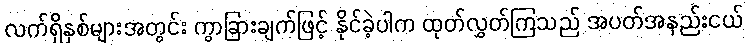
လက်ရှိနှစ်များအတွင်း ကွာခြားချက်ဖြင့် နိုင်ခဲ့ပါက ထုတ်လွှတ်ကြသည် အပတ်အနည်းငယ်